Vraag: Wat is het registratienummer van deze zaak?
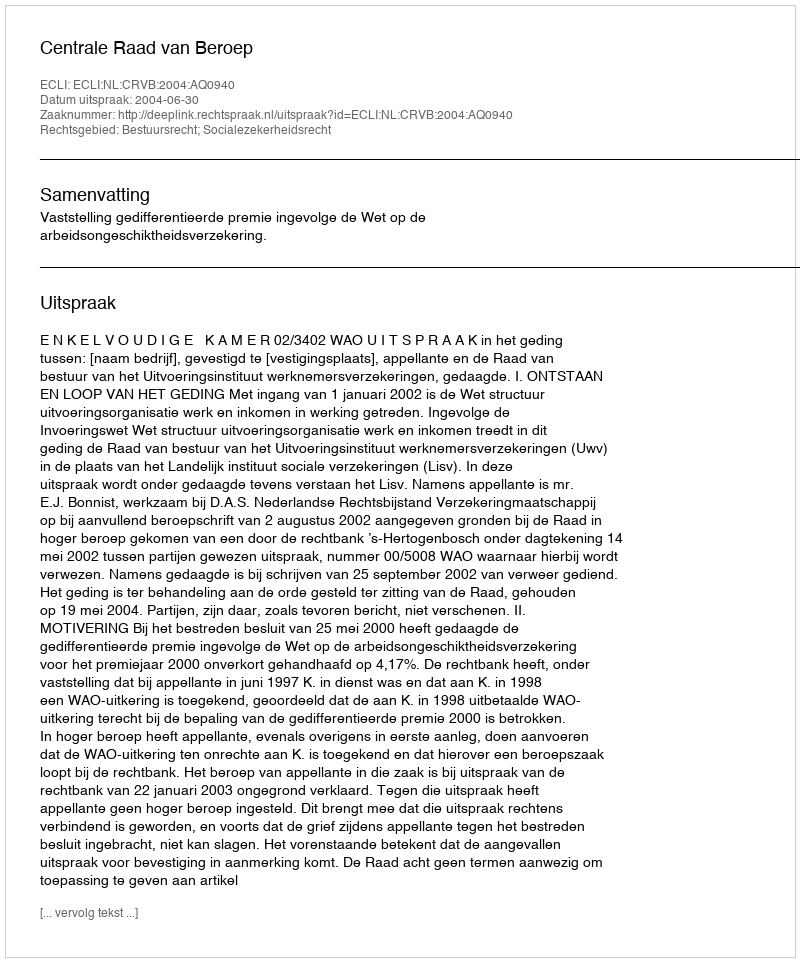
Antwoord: http://deeplink.rechtspraak.nl/uitspraak?id=ECLI:NL:CRVB:2004:AQ0940